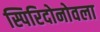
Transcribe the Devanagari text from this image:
स्पिरिदोनोवला